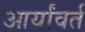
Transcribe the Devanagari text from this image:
आर्यांवर्त